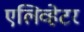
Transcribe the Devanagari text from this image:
एलिव्हेटर